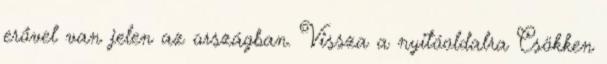
erővel van jelen az országban. Vissza a nyitóoldalra Csökken